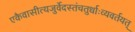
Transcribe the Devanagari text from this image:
एकैवासीत्यजुर्वेदस्तंचतुर्धाःव्यवर्तयत्